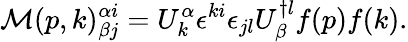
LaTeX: {\cal M}(p,k)_{\beta j}^{\alpha i}=U_{k}^{\alpha}\epsilon^{ki}\epsilon_{jl}U_{\beta}^{\dagger l}f(p)f(k).